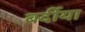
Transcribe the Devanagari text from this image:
बर्दीया